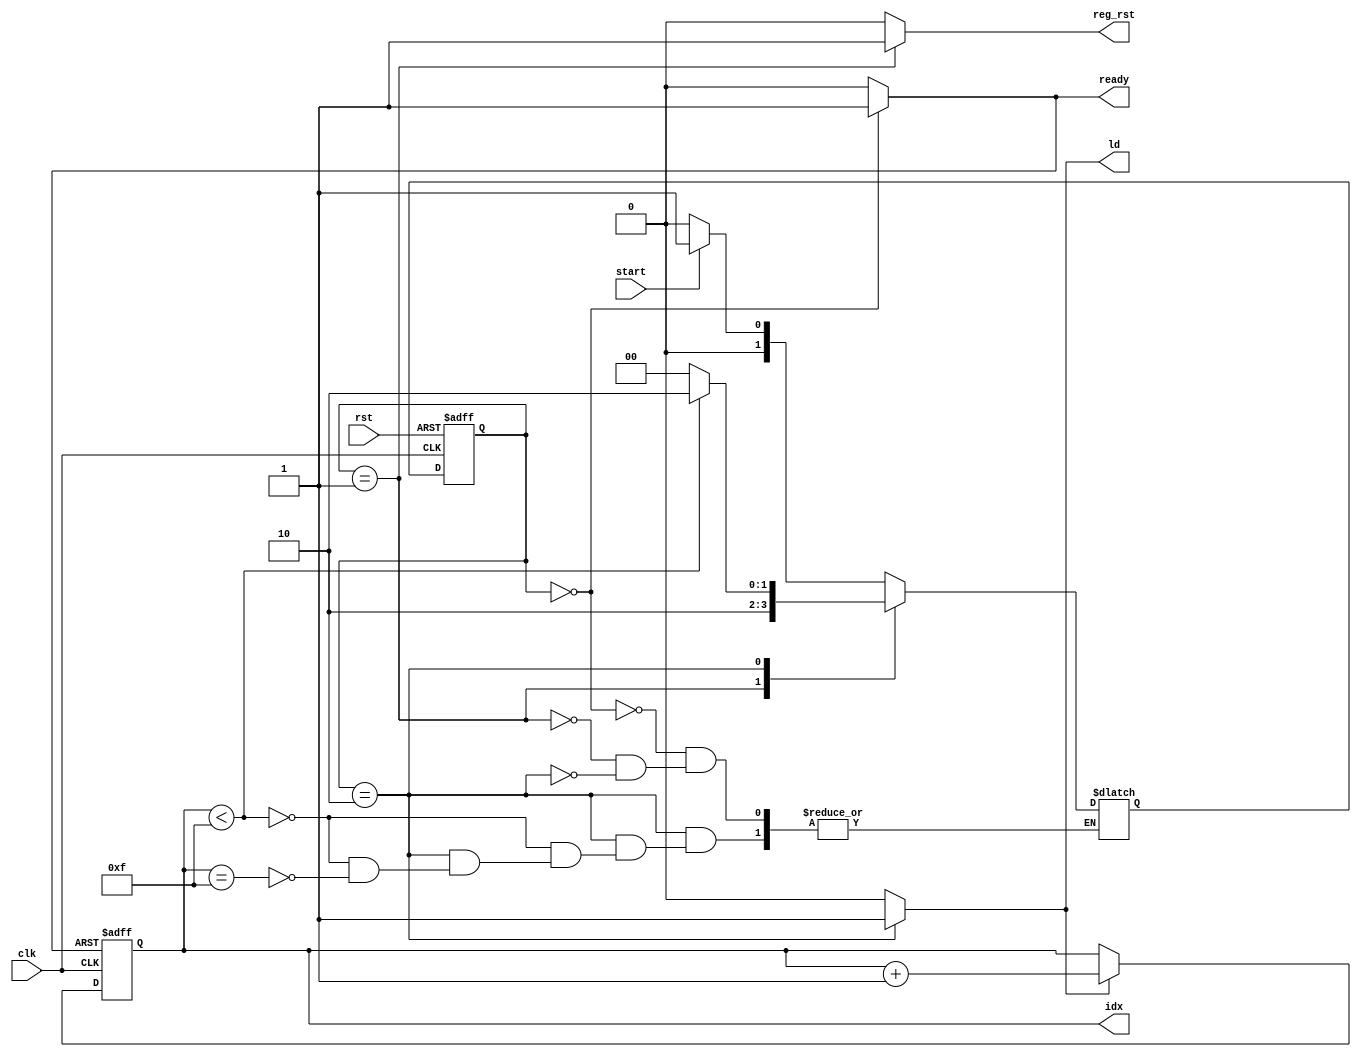
`timescale 1ns / 1ps

module controller #(parameter N = 16) (clk, rst, start, ld, idx, ready, reg_rst);
    input clk, rst, start;
    output [15:0] idx;
    output reg ld, ready, reg_rst;
    
    reg [1:0] ps, ns;
    reg [15:0] counter;
    reg count_up, count_rst;

    assign idx = counter;

    // a built-in counter to count our index
    always @(posedge clk or posedge count_rst)begin
        if(count_rst)
            counter <= 0;
        else if(count_up)
            counter <= counter + 1;
    end

    always @(ps)begin
        {ld, ready, count_up, count_rst, reg_rst} = 4'b0000;
        case(ps)
            2'b00: begin
                ready = 1'b1;
                count_rst = 1'b1;
            end
            
            2'b01:
                reg_rst = 1'b1;

            2'b10: begin
                ld = 1'b1;
                count_up = 1'b1;
            end
        endcase
    end


    always @(start or ps or counter)begin 
        $display("@%t: ps = %d, start = %d, counter = %d", $time, ps, start, counter);
        case(ps)
            2'b00: ns = start ? 2'b01 : 2'b00;
            2'b01: ns = 2'b10;
            2'b10: begin
                if(counter < N - 1)
                    ns = 2'b10;
                
                else if(counter == N - 1)
                    ns = 2'b00;
            end
        endcase
    end
    
    always @(posedge clk or posedge rst)begin
        if(rst)begin
            ps <= 2'b0;
        end
        else begin
            ps <= ns;
        end
    end
endmodule